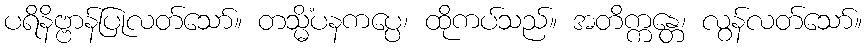
ပရိနိဗ္ဗာန်ပြုလတ်သော်။ တသ္မိံပနကပ္ပေ၊ ထိုကပ်သည်။ အတိက္ကန္တေ၊ လွန်လတ်သော်။